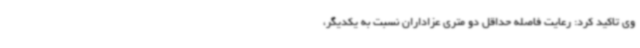
وی تاکید کرد: رعایت فاصله حداقل دو متری عزاداران نسبت به یکدیگر،